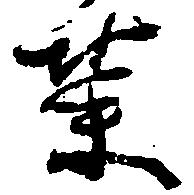
栄